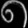
Digit: ၈